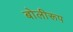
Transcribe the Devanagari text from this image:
बोलीरूप